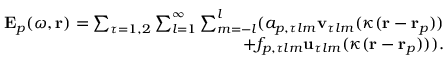
\begin{array} { r } { \mathbf { E } _ { p } ( \omega , \mathbf { r } ) = \sum _ { \tau = 1 , 2 } \sum _ { l = 1 } ^ { \infty } \sum _ { m = - l } ^ { l } ( a _ { p , \tau l m } \mathbf { v } _ { \tau l m } ( \kappa ( \mathbf { r } - \mathbf { r } _ { p } ) ) } \\ { + f _ { p , \tau l m } \mathbf { u } _ { \tau l m } ( \kappa ( \mathbf { r } - \mathbf { r } _ { p } ) ) ) . } \end{array}